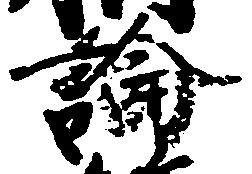
論